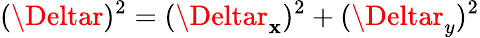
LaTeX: (\Deltar)^{2}=(\Deltar_{\mathbf{x}})^{2}+(\Deltar_{y})^{2}